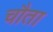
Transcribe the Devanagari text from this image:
चौता